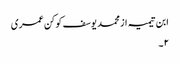
ابن تیمیہ از محمد یوسف کوکن عمری
٢۔